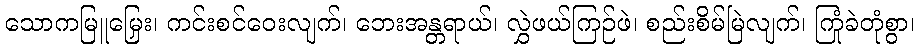
သောကမြူမြှေး၊ ကင်းစင်ဝေးလျက်၊ ဘေးအန္တရာယ်၊ လွှဲဖယ်ကြဉ်ဖဲ၊ စည်းစိမ်မြဲလျက်၊ ကြုံခဲတုံစွာ၊